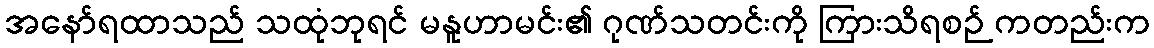
အနော်ရထာသည် သထုံဘုရင် မနူဟာမင်း၏ ဂုဏ်သတင်းကို ကြားသိရစဉ် ကတည်းက